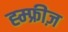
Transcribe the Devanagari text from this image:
ह्म्फ्रीज़